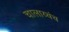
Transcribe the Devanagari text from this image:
चालाय्चंच